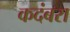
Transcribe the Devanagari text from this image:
कदंबरा